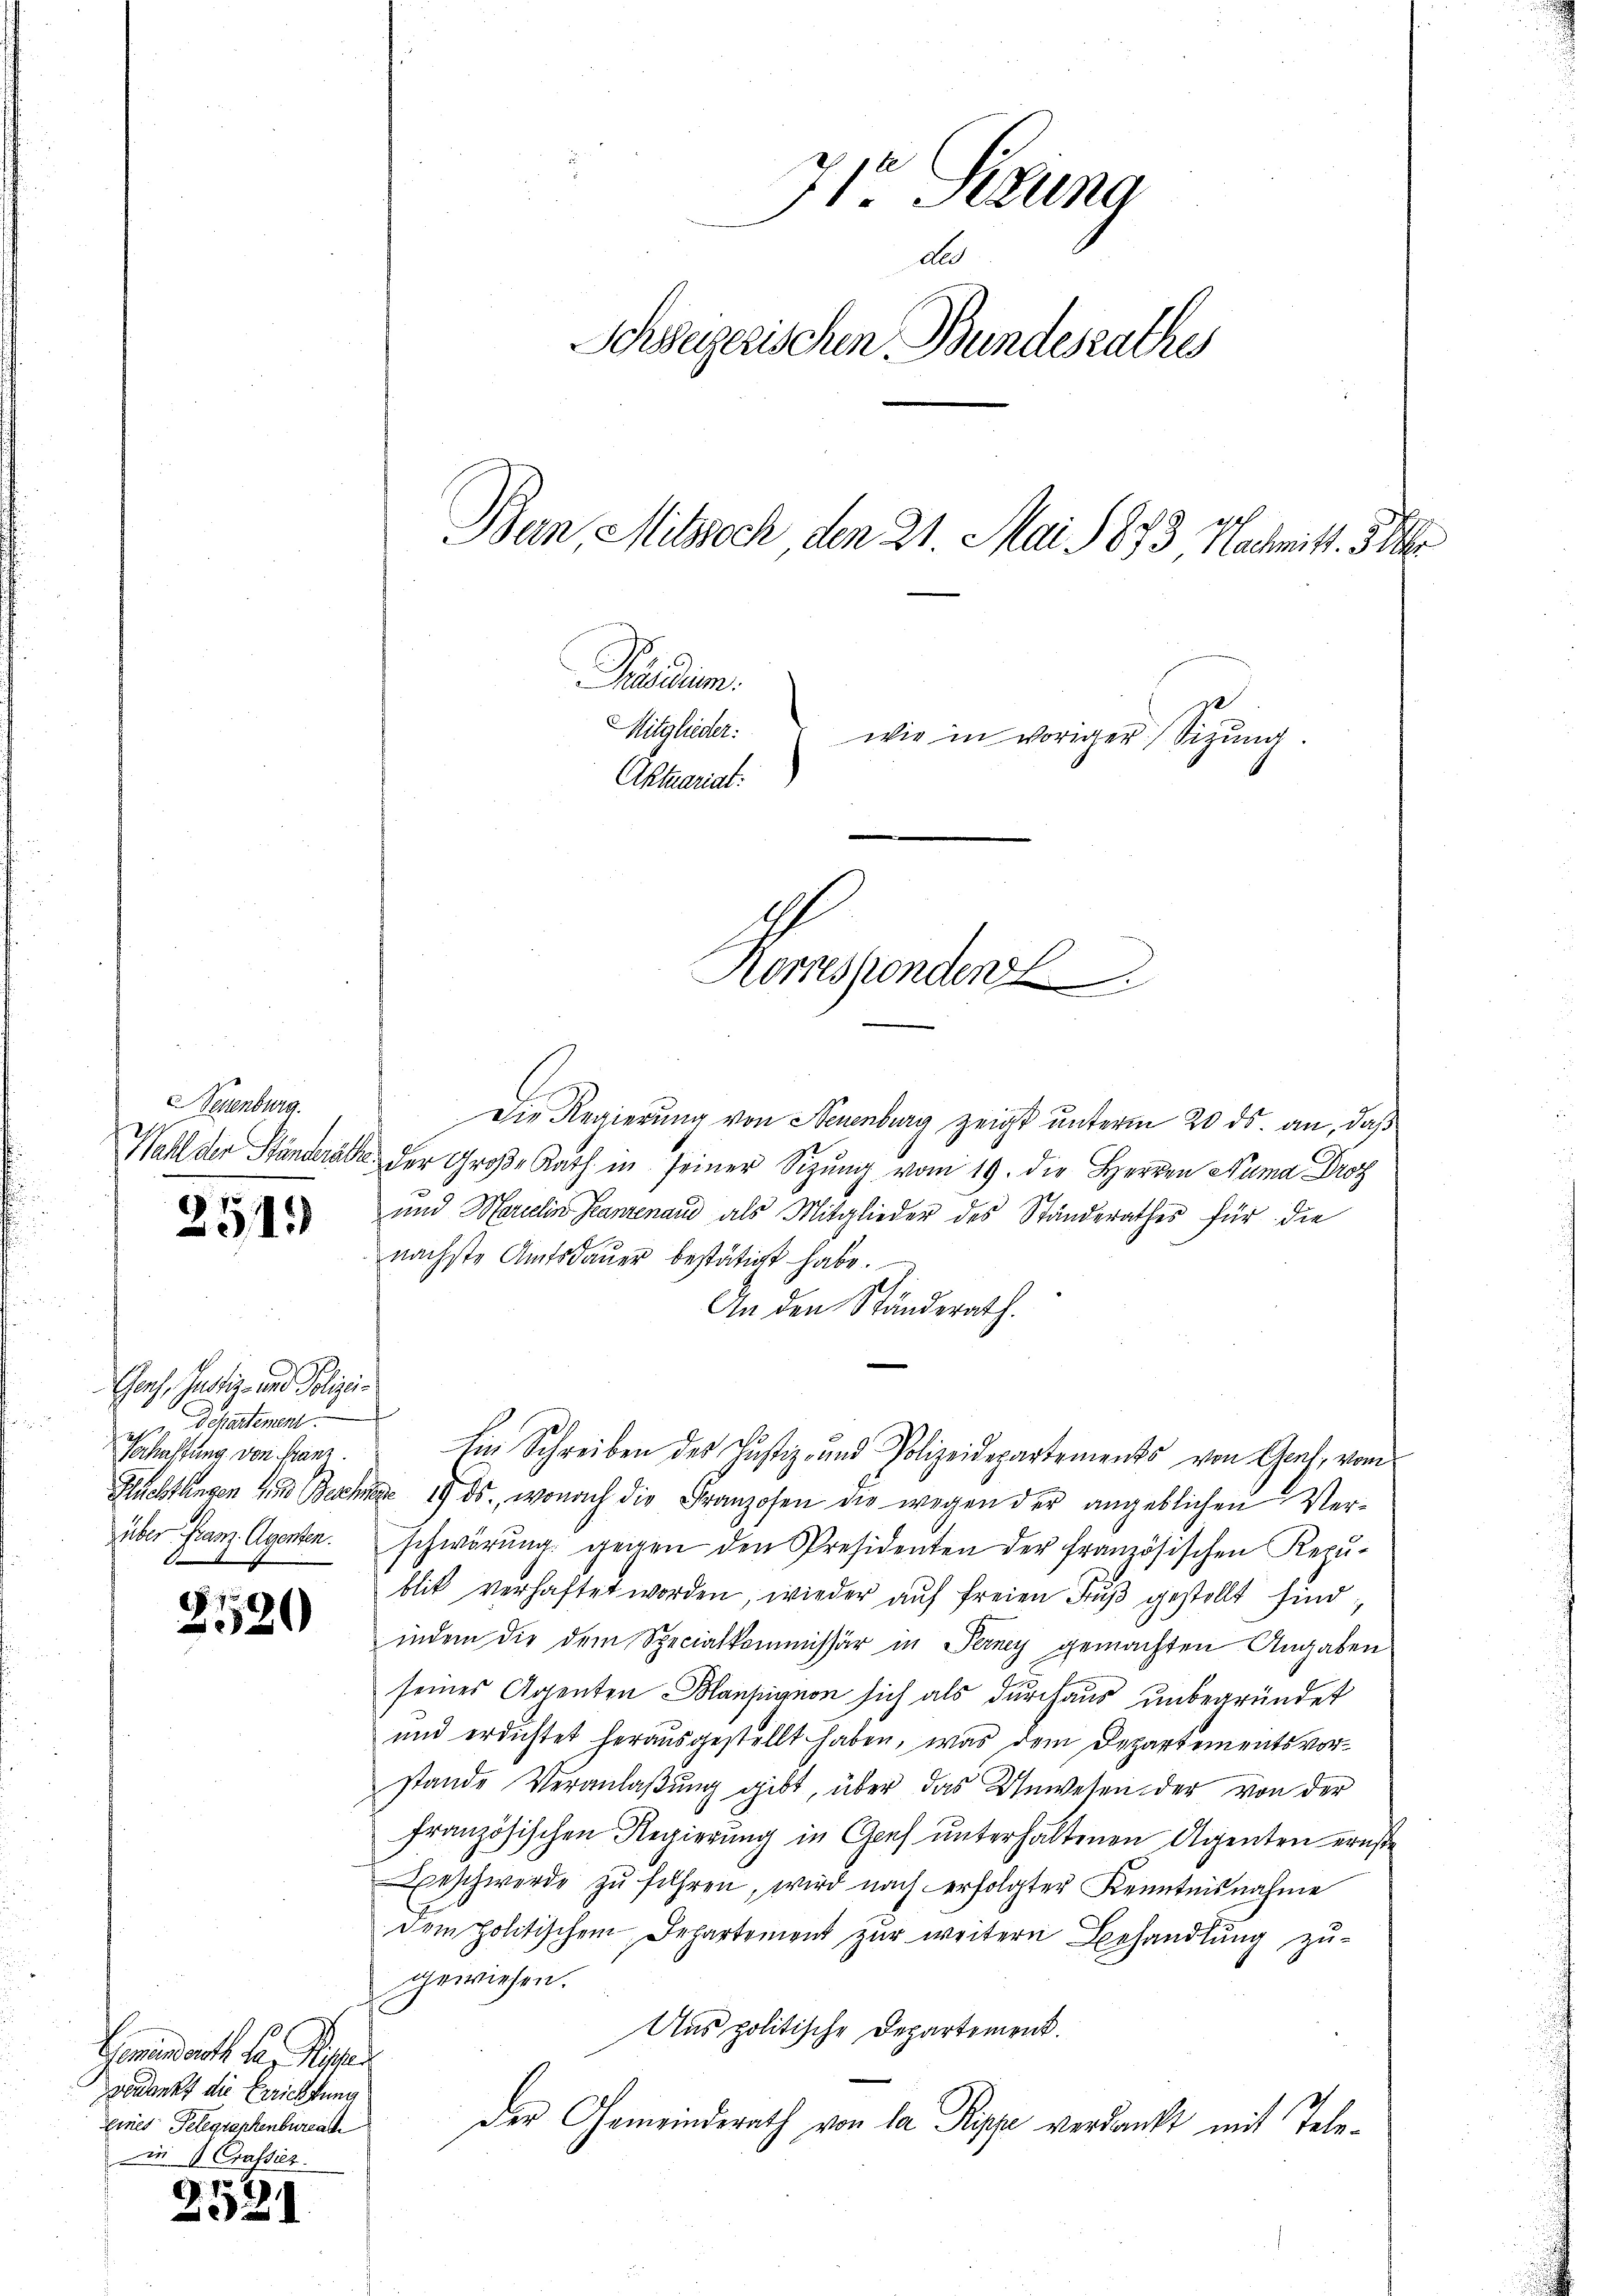
Teuenburg.

251.

Gaach, Justiz- und Polizeides, Departement
zerhaftung von Franz.
b

2520

Gemeindrath den Reser
erdankt die Errichtung
Eines Telegrankenbureat
in Crassiez.

252)

71 Sizung
d
Schweizerischen Bundesrathes
Bein Misssoch den 21. Mai 1873 Nachmitt. 3
Prandum.
Mitglieder:
wie in voriger Sitzung.
Aktuariat.

Komspenden

Die Regierung von Neuenburg zeigt unterm 20. ds. an, daß
Wahl der Ständeräte der Große Rath in seiner Sitzŭng vom 19. die Herren Numa Droz
und Marielin Ganzenaud als Mitglieder des Ständerathes für die
nächste Amtsdauer bestätigt habe.
An den Ständerath.
Hluchtungen 4. Beschen 19. ds., wonach die Franzosen die wegen der angeblichen Verüber franz. Agenten. Schwörŭng gegen den Presidenten der französischen Repŭ-
blik verhaftet worden, wieder aŭf freien Fŭβ gestellt sind
indem die dem Specialkommissär in Ferney gemachten Angaben
seines Agenten Blansignon sich als durchaus unbegründet
und erdichtet herausgestellt haben, was dem Departementsvorstande Veranlaβŭng gibt, über das Unwesen der von der
französischen Regierung in Genf unterhaltenen Agenten ernste
Beschwerde zŭ führen, wird nach erfolgter Kenntnisnahme
dem politischem Departement zur weitern Behandlung zu-
gewiesen.
Aus politische Departement.
Der Gemeinderath von la Pippe verdankt mit Tele¬

Ein Schreiben des Justiz- und Polizeidepartements von Genf, vom